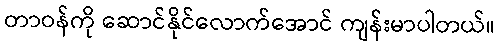
တာဝန်ကို ဆောင်နိုင်လောက်အောင် ကျန်းမာပါတယ်။